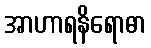
အာဟာရနိရောဓာ